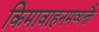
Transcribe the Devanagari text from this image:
किमावाहनमव्यक्तै